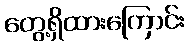
တွေ့ရှိထားကြောင်း